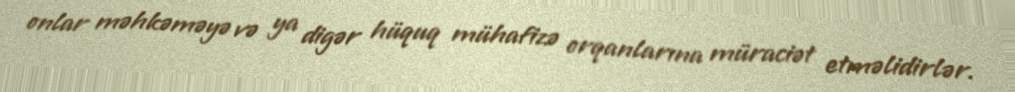
onlar məhkəməyə və ya digər hüquq mühafizə orqanlarına müraciət etməlidirlər.